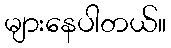
များနေပါတယ်။